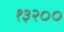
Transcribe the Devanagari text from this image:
१३२००